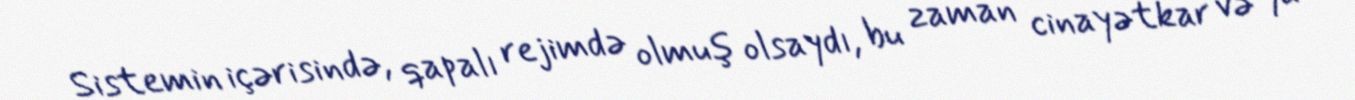
Sistemin içərisində, qapalı rejimdə olmuş olsaydı, bu zaman cinayətkar və ya